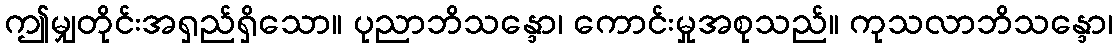
ဤမျှတိုင်းအရှည်ရှိသော။ ပုညာဘိသန္ဒော၊ ကောင်းမှုအစုသည်။ ကုသလာဘိသန္ဒော၊